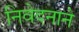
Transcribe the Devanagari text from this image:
निवेदनाने